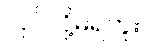
လုပ်လို့မရဘူး။